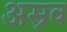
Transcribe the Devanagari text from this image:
अस्रव